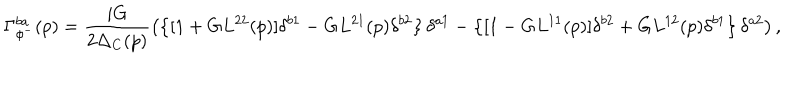
LaTeX: \Gamma _ { \phi ^ { - } } ^ { b a } ( p ) = \frac { i G } { 2 \Delta _ { C } ( p ) } \left( \left\{ [ 1 + G L ^ { 2 2 } ( p ) ] \delta ^ { b 1 } - G L ^ { 2 1 } ( p ) \delta ^ { b 2 } \right\} \delta ^ { a 1 } - \left\{ [ 1 - G L ^ { 1 1 } ( p ) ] \delta ^ { b 2 } + G L ^ { 1 2 } ( p ) \delta ^ { b 1 } \right\} \delta ^ { a 2 } \right) ,